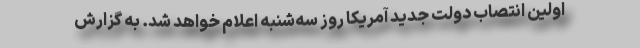
اولین انتصاب دولت جدید آمریکا روز سه‌شنبه اعلام خواهد شد. به گزارش